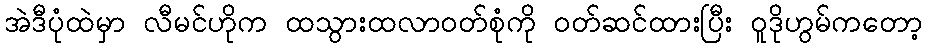
အဲဒီပုံထဲမှာ လီမင်ဟိုက ထသွားထလာဝတ်စုံကို ဝတ်ဆင်ထားပြီး ဝူဒိုဟွမ်ကတော့